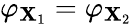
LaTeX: \varphi_{\mathbf{X}_{1}}=\varphi_{\mathbf{X}_{2}}